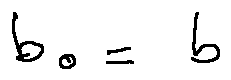
b _ { 0 } = b